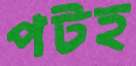
পটহ